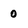
Character: 0